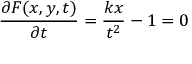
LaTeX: { \frac { \partial F ( x , y , t ) } { \partial t } } = { \frac { k x } { t ^ { 2 } } } - 1 = 0